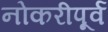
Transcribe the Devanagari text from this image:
नोकरीपूर्व